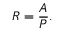
R = { \frac { A } { P } } .